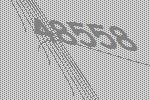
48558